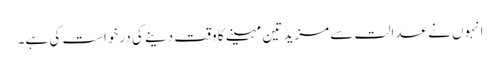
انہوں نے عدالت سے مزید تین مہینے کا وقت دینے کی درخواست کی ہے۔